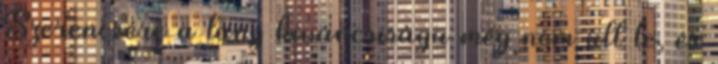
Szerencsére a lány kíváncsisága még nem ült le, és